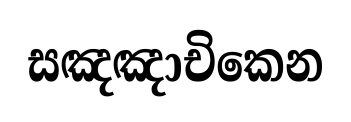
සඤඤාචිකෙන